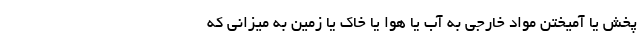
پخش یا آمیختن مواد خارجی به آب یا هوا یا خاک یا زمین به میزانی که